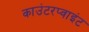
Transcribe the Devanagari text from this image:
काउंटरप्वाइंट